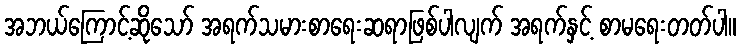
အဘယ်ကြောင့်ဆိုသော် အရက်သမားစာရေးဆရာဖြစ်ပါလျက် အရက်နှင့် စာမရေးတတ်ပါ။